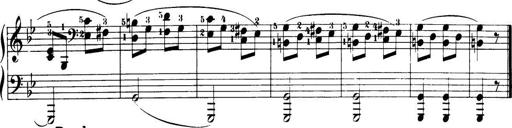
Title: 32 Sonatinas and Rondos for the Piano
Composer: Richard Kleinmichel